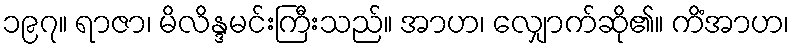
၁၉၇။ ရာဇာ၊ မိလိန္ဒမင်းကြီးသည်။ အာဟ၊ လျှောက်ဆို၏။ ကိံအာဟ၊